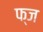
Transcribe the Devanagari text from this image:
फ्ज